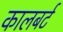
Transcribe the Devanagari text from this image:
कालबर्ट